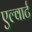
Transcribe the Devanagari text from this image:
एल्वार्ट